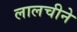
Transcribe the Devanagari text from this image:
लालचीने